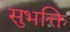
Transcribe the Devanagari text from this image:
सुभक्ति